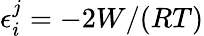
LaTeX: \epsilon_{i}^{j}=-2W/(RT)